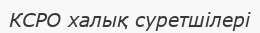
КСРО халық суретшілері